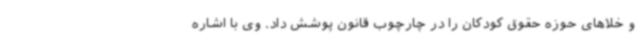
و خلاهای حوزه حقوق کودکان را در چارچوب قانون پوشش داد. وی با اشاره